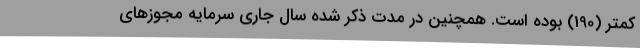
کمتر (190) بوده است. همچنین در مدت ذکر شده سال جاری سرمایه مجوزهای